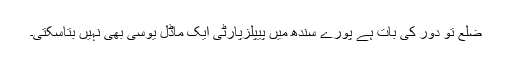
ضلع تو دور کی بات ہے پورے سندھ میں پیپلزپارٹی ایک ماڈل یوسی بھی نہیں بتاسکتی۔